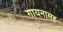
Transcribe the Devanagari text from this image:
गायनासह